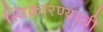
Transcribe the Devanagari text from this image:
स्विकारण्याची